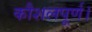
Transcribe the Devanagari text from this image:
कौशलपूर्ण।